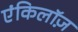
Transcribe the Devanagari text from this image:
एंकिलॉज़